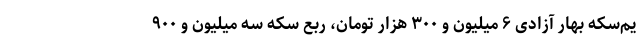
یم‌سکه بهار آزادی ۶ میلیون و ۳۰۰ هزار تومان، ربع سکه سه میلیون و ۹۰۰